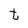
Character: t